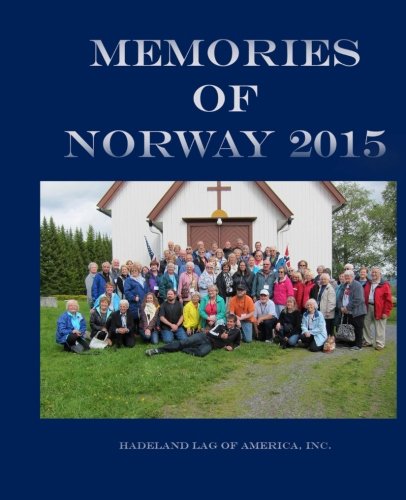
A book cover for Memories of Norway - 2015; Inc. Hadeland Lag of America; Travel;